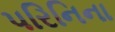
પરિનિના